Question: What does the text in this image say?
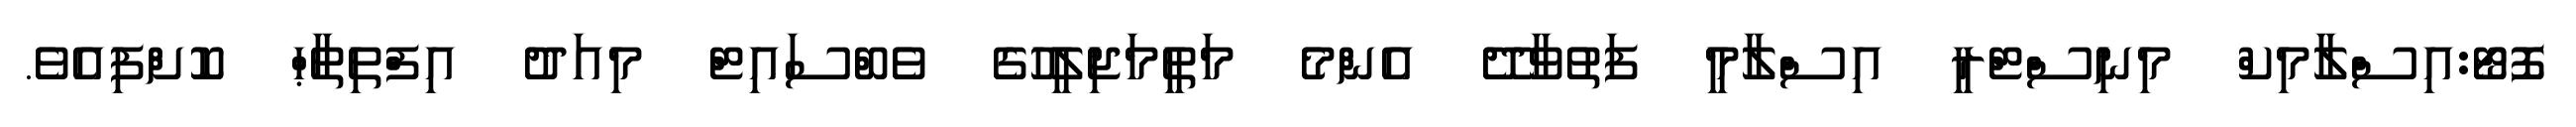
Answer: ފޮޓޯ:އިސްލާމިކް މިނިސްޓްރީ އިސްލާމީ ފަތުވާދޭ އެންމެ މަތީމަޖިލީހުގެ ވެބްސައިޓް މިއަދު އިފްތިތާޙް ކޮށްފިއެވެ.